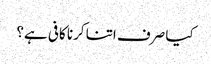
کیا صرف اتنا کرنا کافی ہے؟